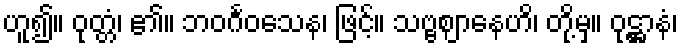
ဟူ၍။ ဝုတ္တံ၊ ၏။ ဘဝင်္ဂဝသေန၊ ဖြင့်။ သဗ္ဗဈာနေဟိ၊ တို့မှ။ ဝုဋ္ဌာနံ၊